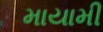
માયામી